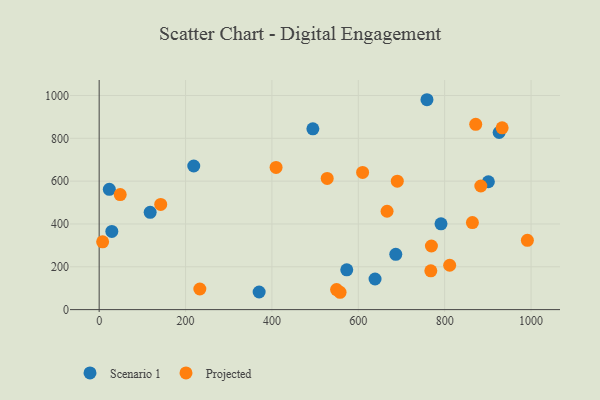
{"axis": {"x": "Experience", "y": "Sales"}, "legend": ["Projected", "Scenario 1"], "data": [{"x": "791.5", "y": 400.6, "type": "Scenario 1"}, {"x": "118.1", "y": 454.5, "type": "Scenario 1"}, {"x": "686.8", "y": 258.2, "type": "Scenario 1"}, {"x": "23.5", "y": 562.0, "type": "Scenario 1"}, {"x": "573.3", "y": 185.8, "type": "Scenario 1"}, {"x": "29.3", "y": 365.4, "type": "Scenario 1"}, {"x": "926.1", "y": 827.2, "type": "Scenario 1"}, {"x": "638.8", "y": 142.9, "type": "Scenario 1"}, {"x": "219.0", "y": 670.8, "type": "Scenario 1"}, {"x": "370.4", "y": 82.2, "type": "Scenario 1"}, {"x": "759.0", "y": 980.3, "type": "Scenario 1"}, {"x": "494.8", "y": 844.4, "type": "Scenario 1"}, {"x": "901.2", "y": 597.3, "type": "Scenario 1"}, {"x": "233.1", "y": 96.3, "type": "Projected"}, {"x": "864.2", "y": 406.4, "type": "Projected"}, {"x": "409.6", "y": 664.1, "type": "Projected"}, {"x": "610.0", "y": 640.9, "type": "Projected"}, {"x": "767.9", "y": 181.1, "type": "Projected"}, {"x": "933.1", "y": 849.1, "type": "Projected"}, {"x": "142.5", "y": 491.2, "type": "Projected"}, {"x": "549.7", "y": 93.5, "type": "Projected"}, {"x": "48.7", "y": 537.5, "type": "Projected"}, {"x": "666.6", "y": 459.5, "type": "Projected"}, {"x": "769.3", "y": 297.2, "type": "Projected"}, {"x": "557.8", "y": 81.0, "type": "Projected"}, {"x": "8.0", "y": 316.5, "type": "Projected"}, {"x": "871.9", "y": 865.2, "type": "Projected"}, {"x": "883.7", "y": 577.4, "type": "Projected"}, {"x": "690.3", "y": 599.9, "type": "Projected"}, {"x": "811.6", "y": 207.3, "type": "Projected"}, {"x": "991.5", "y": 323.6, "type": "Projected"}, {"x": "528.0", "y": 612.8, "type": "Projected"}]}